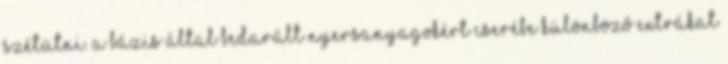
szétütni. A bázis által bedarált nyersanyagokért cserébe különböző extrákat